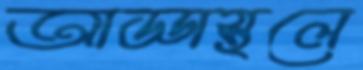
আড্ডাস্থলে